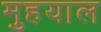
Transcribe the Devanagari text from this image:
मुहयाल